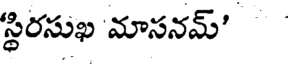
స్థిరసుఖ మాసనమ్'